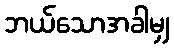
ဘယ်သောအခါမျှ